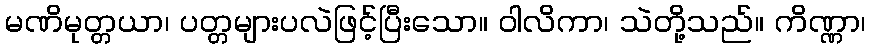
မဏိမုတ္တယာ၊ ပတ္တများပလဲဖြင့်ပြီးသော။ ဝါလိကာ၊ သဲတို့သည်။ ကိဏ္ဏာ၊